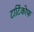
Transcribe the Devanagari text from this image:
टार्टिकोफ